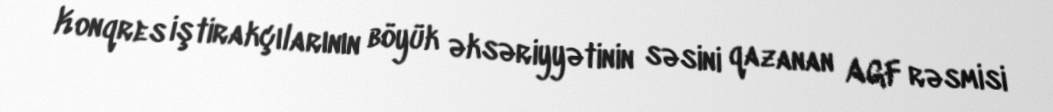
Konqres iştirakçılarının böyük əksəriyyətinin səsini qazanan AGF rəsmisi